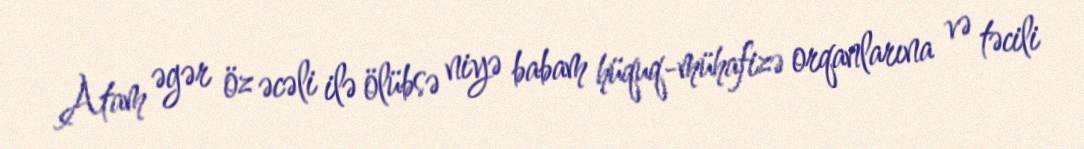
Atam əgər öz əcəli ilə ölübsə niyə babam hüquq-mühafizə orqanlarına və təcili